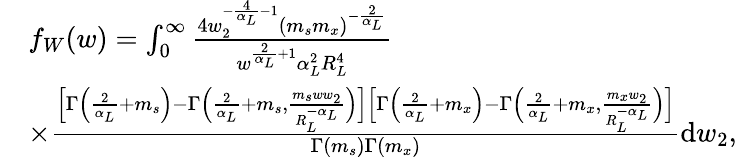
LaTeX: \begin{array}{rl}&{f_{W}(w)=\int_{0}^{\infty}\frac{4w_{2}^{-\frac{4}{\alpha_{L}}-1}(m_{s}m_{x})^{-\frac{2}{\alpha_{L}}}}{w^{\frac{2}{\alpha_{L}}+1}\alpha_{L}^{2}R_{L}^{4}}}\\ &{\times\frac{\Big[\Gamma\Big(\frac{2}{\alpha_{L}}+m_{s}\Big)-\Gamma\Big(\frac{2}{\alpha_{L}}+m_{s},\frac{m_{s}ww_{2}}{R_{L}^{-\alpha_{L}}}\Big)\Big]\Big[\Gamma\Big(\frac{2}{\alpha_{L}}+m_{x}\Big)-\Gamma\Big(\frac{2}{\alpha_{L}}+m_{x},\frac{m_{x}w_{2}}{R_{L}^{-\alpha_{L}}}\Big)\Big]}{\Gamma(m_{s})\Gamma(m_{x})}\mathrm{d}w_{2},}\end{array}